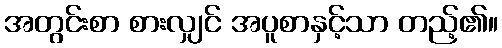
အတွင်းစာ စားလျှင် အပူစာနှင့်သာ တည့်၏။